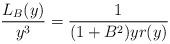
LaTeX: \begin{align*}\frac{L_B(y)}{y^3} = \frac{1}{(1+B^2) y r(y)}\end{align*}